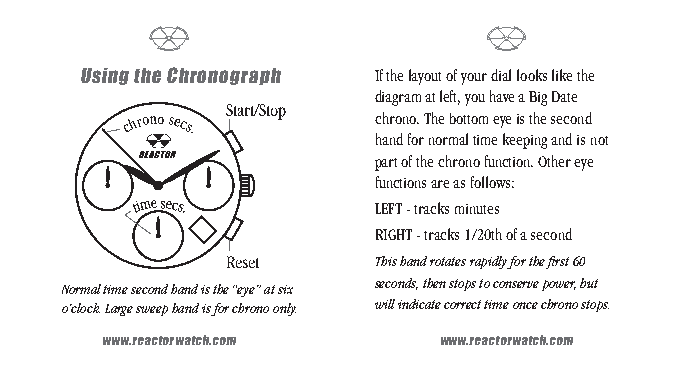
Using the Chronograph If the layout of your dial looks like the
 diagram at left, you have a Big Date
 Start/Stop
 chrono secs.     chrono. The bottom eye is the second
 hand for normal time keeping and is not
 part of the chrono function. Other eye
 functions are as follows:
 time secs.      LEFT - tracks minutes
 RIGHT - tracks 1/20th of a second
 Reset     This hand rotates rapidly for the first 60
 seconds, then stops to conserve power, but
 Normal time second hand is the “eye” at six
 o’clock. Large sweep hand is for chrono only. will indicate correct time once chrono stops.
 www.reactorwatch.com  www.reactorwatch.com